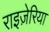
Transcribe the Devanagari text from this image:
राइज़ेरिया